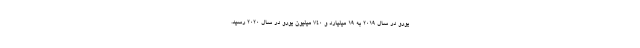
یورو در سال ۲۰۱۹ به ۱۹ میلیارد و ۷۴۰ میلیون یورو در سال ۲۰۲۰ رسید.